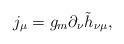
LaTeX: \begin{align*}j_\mu=g_m\partial_\nu\tilde h_{\nu\mu},\end{align*}